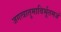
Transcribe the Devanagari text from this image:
जगत्त्रातुमाविर्भूतमजं